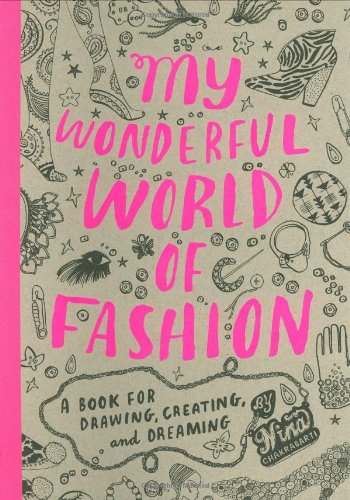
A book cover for My Wonderful World of Fashion: A Book for Drawing, Creating and Dreaming; Nina Chakrabarti; Children's Books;